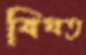
বিঘত